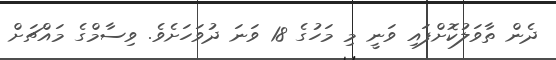
ދެން ތާވަލުކޮށްފައި ވަނީ މި މަހުގެ 18 ވަނަ ދުވަހަށެވެ. ވިސާމްގެ މައްޗަށް